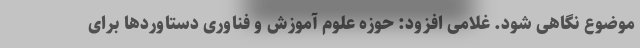
موضوع نگاهی شود. غلامی افزود: حوزه علوم آموزش و فناوری دستاوردها برای